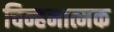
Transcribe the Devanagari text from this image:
चिन्हनात्मक